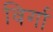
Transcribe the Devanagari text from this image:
विर्गा